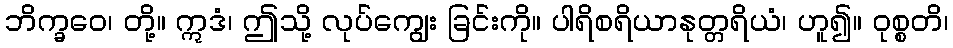
ဘိက္ခဝေ၊ တို့။ ဣဒံ၊ ဤသို့ လုပ်ကျွေး ခြင်းကို။ ပါရိစရိယာနုတ္တရိယံ၊ ဟူ၍။ ဝုစ္စတိ၊